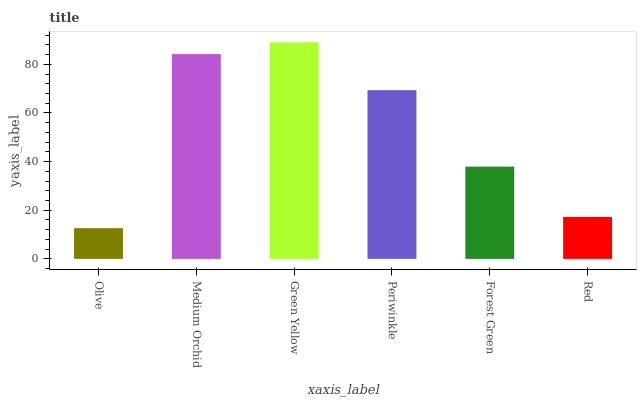
| xaxis_label | bars |
 | --- | --- |
 | Olive | 12.6 |
 | Medium Orchid | 84.2 |
 | Green Yellow | 89 |
 | Periwinkle | 69.4 |
 | Forest Green | 37.9 |
 | Red | 17.3 |